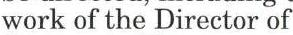
work of the Director of